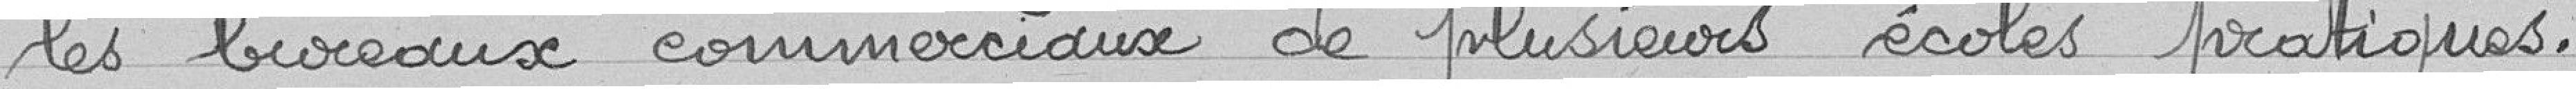
les bureaux commerciaux de plusieurs écoles pratiques.